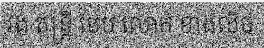
វង់ តន្ត្រី បែប លោក ខាងលិច